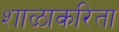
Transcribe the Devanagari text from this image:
शाळाकरिता